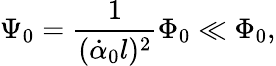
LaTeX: \Psi_{0}=\frac{1}{(\dot{\alpha}_{0}l)^{2}}\Phi_{0}\ll\Phi_{0},